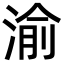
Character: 渝